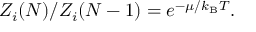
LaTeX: Z _ { i } ( N ) / Z _ { i } ( N - 1 ) = e ^ { - \mu / k _ { \mathrm { { B } } } T } .